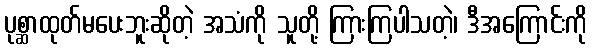
ပုစ္ဆာထုတ်မပေးဘူးဆိုတဲ့ အသံကို သူတို့ ကြားကြပါသတဲ့၊ ဒီအကြောင်းကို